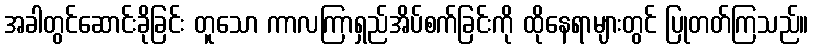
အခါတွင်ဆောင်းခိုခြင်း တူသော ကာလကြာရှည်အိပ်စက်ခြင်းကို ထိုနေရာများတွင် ပြုတတ်ကြသည်။